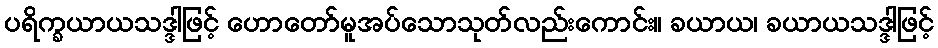
ပရိက္ခယာယသဒ္ဒါဖြင့် ဟောတော်မူအပ်သောသုတ်လည်းကောင်း။ ခယာယ၊ ခယာယသဒ္ဒါဖြင့်